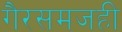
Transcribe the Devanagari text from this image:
गैरसमजही